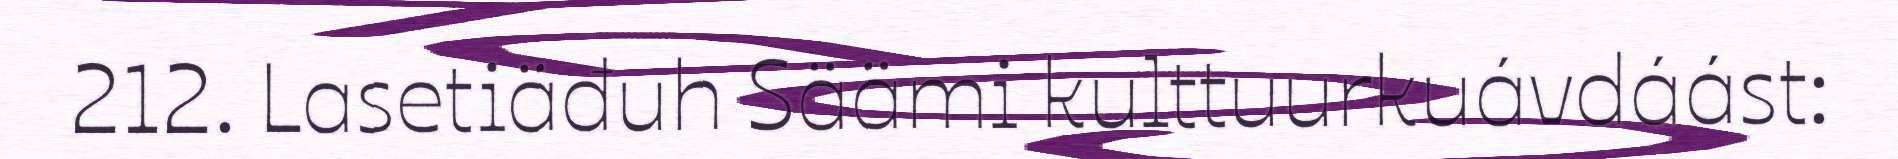
212. Lasetiäđuh Säämi kulttuurkuávdáást: